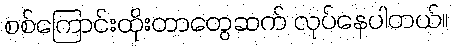
စစ်ကြောင်းထိုးတာတွေဆက် လုပ်နေပါတယ်။